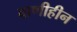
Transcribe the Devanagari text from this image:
वाणीहीन